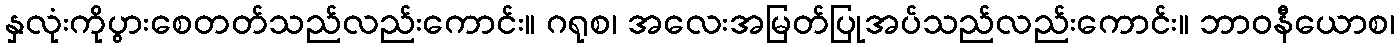
နှလုံးကိုပွားစေတတ်သည်လည်းကောင်း။ ဂရုစ၊ အလေးအမြတ်ပြုအပ်သည်လည်းကောင်း။ ဘာဝနီယောစ၊